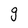
Character: g